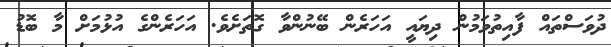
ދުވަސްތައް ފާއިތުވަމުން ދިޔައީ އަހަރެން ބޭނުންވާ ގޮތަށެވެ. އަހަރެންގެ އުޅުމަށް މާ ބޮޑު